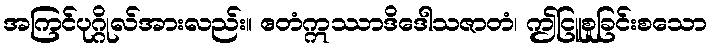
အကြင်ပုဂ္ဂိုလ်အားလည်း။ ဧတံဣဿာဒိဒေါသဇာတံ၊ ဤငြူစူခြင်းစသော